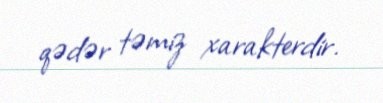
qədər təmiz xarakterdir.